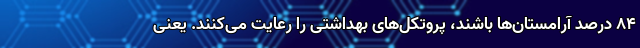
۸۴ درصد آرامستان‌ها باشند، پروتکل‌های بهداشتی را رعایت می‌کنند. یعنی